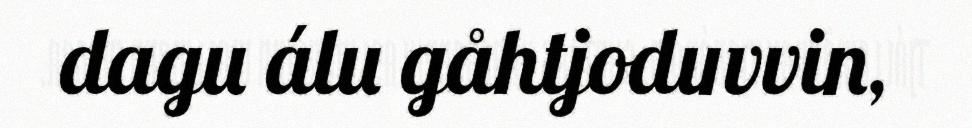
dagu álu gåhtjoduvvin,